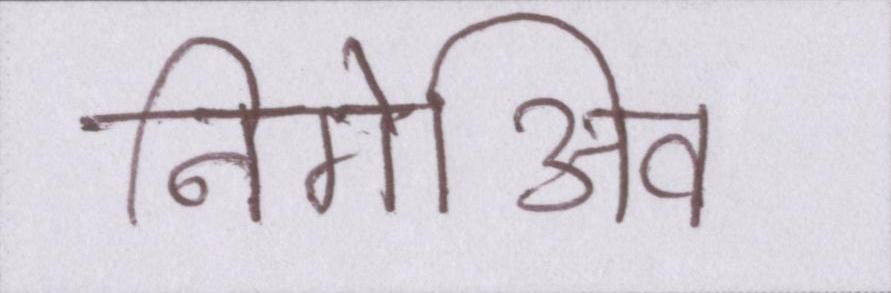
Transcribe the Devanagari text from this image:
निगेअिव